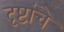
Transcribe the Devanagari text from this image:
दृष्टांचे